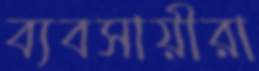
ব্যবসায়ীরা